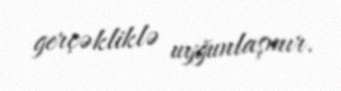
gerçəkliklə uyğunlaşmır.